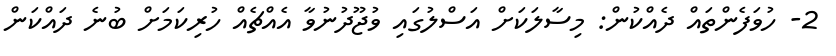
2- ހުވަފެންތައް ދެއްކުން: މިސާލަކަށް އަސްލުގައި ވުޖޫދުނުވާ އެއްޗެއް ހުރިކަމަށް ބުނެ ދައްކަން